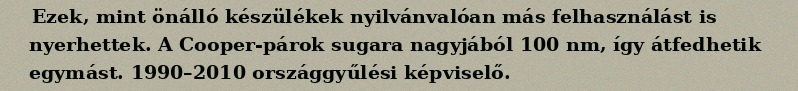
Ezek, mint önálló készülékek nyilvánvalóan más felhasználást is nyerhettek. A Cooper-párok sugara nagyjából 100 nm, így átfedhetik egymást. 1990–2010 országgyűlési képviselő.